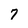
Character: 7